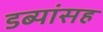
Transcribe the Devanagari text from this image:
डब्यांसह